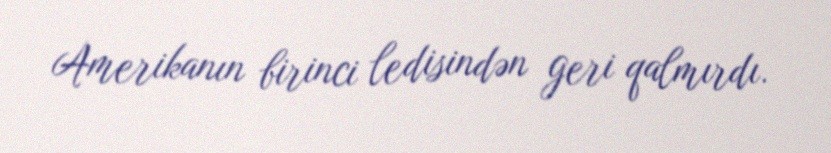
Amerikanın birinci ledisindən geri qalmırdı.